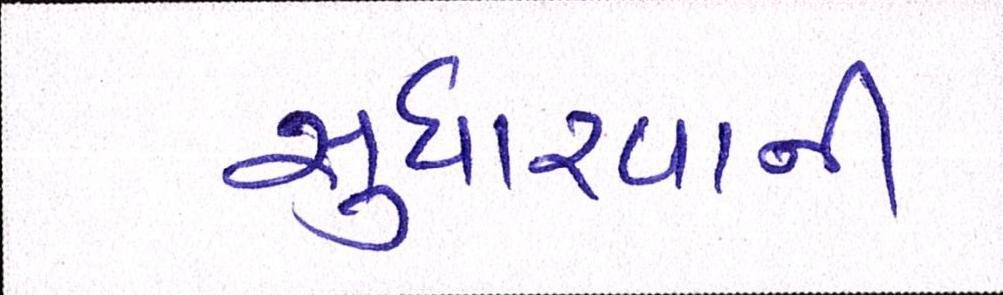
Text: સુધરવાની